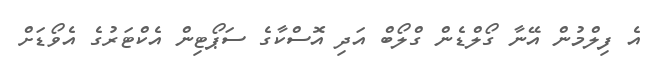
އެ ފިލްމުން އޭނާ ގޯލްޑެން ގްލޯބް އަދި އޮސްކާގެ ސަޕޯޓިން އެކްޓަރުގެ އެވޯޑަށް